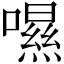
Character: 𡀾